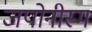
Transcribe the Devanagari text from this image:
जपोनीस्म